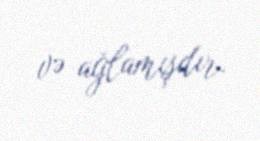
və ağlamışdır.